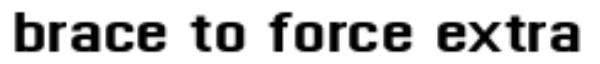
brace to force extra